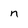
Character: n